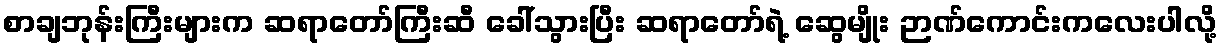
စာချဘုန်းကြီးများက ဆရာတော်ကြီးဆီ ခေါ်သွားပြီး ဆရာတော်ရဲ့ ဆွေမျိုး ဉာဏ်ကောင်းကလေးပါလို့